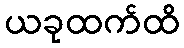
ယခုထက်ထိ